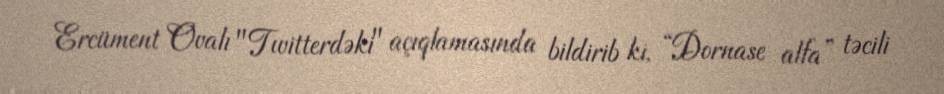
Ercüment Ovalı "Twitterdəki" açıqlamasında bildirib ki, “Dornase alfa” təcili